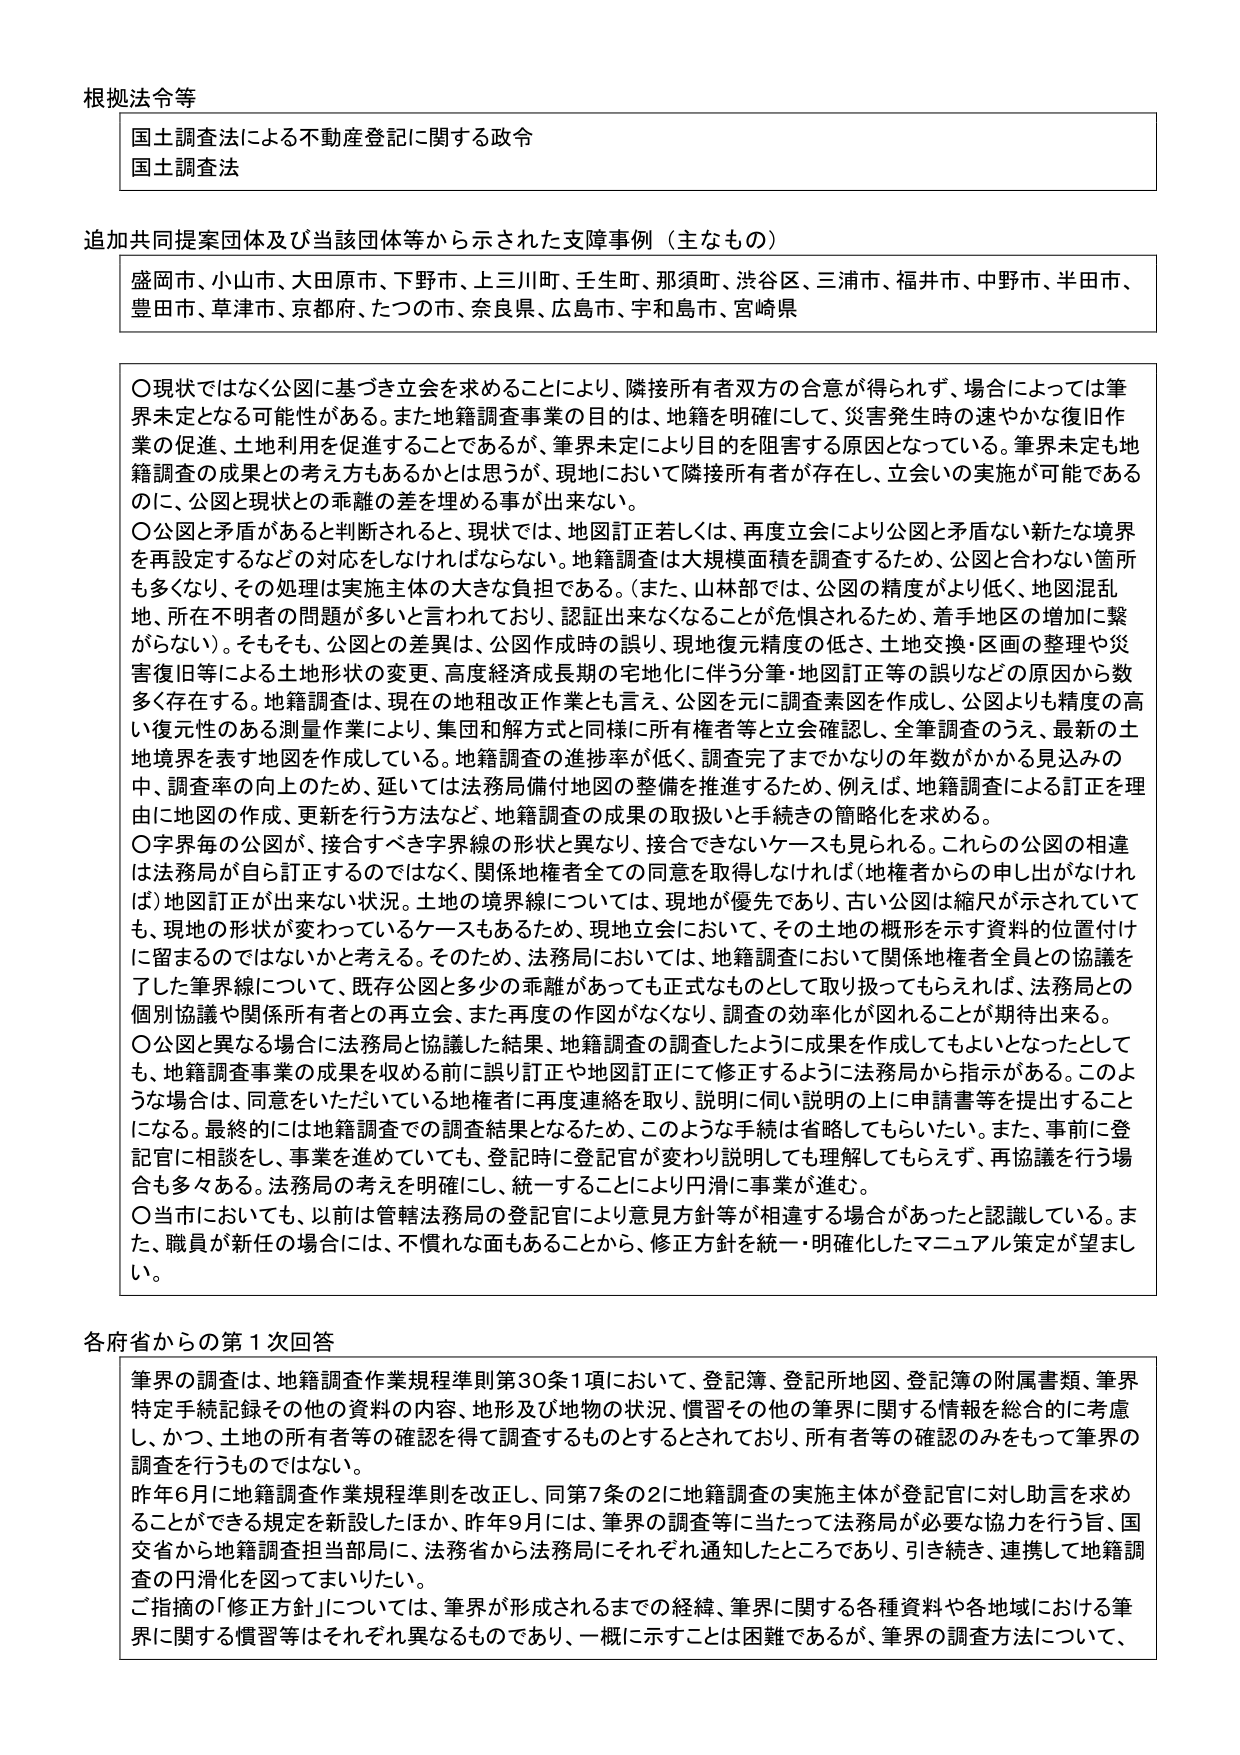
根拠法令等
国土調査法による不動産登記に関する政令
国土調査法

追加共同提案団体及び当該団体等から示された支障事例（主なもの）
盛岡市、小山市、大田原市、下野市、上三川町、壬生町、那須町、渋谷区、三浦市、福井市、中野市、半田市、
豊田市、草津市、京都府、たつの市、奈良県、広島市、宇和島市、宮崎県

〇現状ではなく公図に基づき立会を求める事により、隣接所有者双方の合意が得られず、場合によっては筆界未定となる可能性がある。また地籍調査事業の目的は、地籍を明確にして、災害発生時の速やかな復旧作業の促進、土地利用を促進することであるが、筆界未定により目的を阻害する原因となっている。筆界未定も地籍調査の成果との考え方もあろうかとは思うが、現地において隣接所有者が存在し、立会いの実施が可能であるのに、公図と現状との乖離の差を埋める事が出来ない。
〇公図と矛盾があると判断されると、現状では、地図訂正若しくは、再度立会により公図と矛盾ない新たな境界を再設定するなどの対応をしなければならない。地籍調査は大規模面積を調査するため、公図と合わない箇所も多くなり、その処理は実施主体の大きな負担である。（また、山林部では、公図の精度がより低く、地図混乱地、所在不明者の問題が多いと言われており、認証出来なくなることが危惧されるため、着手地区の増加に繋がらない）。そもそも、公図との差異は、公図作成時の誤り、現地復元精度の低さ、土地交換・区画の整理や災害復旧等による土地形状の変更、高度経済成長期の宅地化に伴う分筆・地図訂正等の誤りなどの原因から数多く存在する。地籍調査は、現在の地租和解工作業とも言え、公図を元に調査素図を作成し、全筆調査のうえ、最新の土地境界を表す地図を作成している。地籍調査の進捗率が低く、調査完了までかなりの年数がかかる見込みの中、調査率の向上のため、延いては法務局備付地図の整備を推進するため、例えば、地籍調査による訂正を理由に地図の作成、更新を行う方法など、地籍調査の成果の取扱いと手続きの簡略化を求める。
〇字界毎の公図が、接合すべき字界線の形状と異なり、接合できないケースも見られる。これらの公図の相違は法務局が自ら訂正するのではなく、関係地権者全ての同意を取得しなければ（地権者からの申し出がなけれ ば）地図訂正が出来ない状況。土地の境界線については、現地が優先であり、古い公図は縮尺が示されていても、現地の形状が変わっているケースもあるため、現地立会において、その土地の概形を示す資料の位置付けに留まるのではないかと考える。そのため、法務局においては、地籍調査において関係地権者全員との協議を 了した筆界線について、既存公図と多少の乖離があっても正式なものとして取り扱ってもらえれば、法務局との個別協議や関係所有者との再立会、また再度の作図がなくなり、調査の効率化が図れることが期待出来る。
〇公図と異なる場合に法務局と協議した結果、地籍調査の調査したように成果を作成してもよいとなったとしても、地籍調査事業の成果を収める前に誤り訂正や地図訂正にて修正するように法務局から指示がある。このような場合は、同意をいただいている地権者に再度連絡を取り、説明に伺い説明の上に申請書等を提出することになる。最終的には地籍調査での調査結果となるため、このような手続は省略してもらいたい。また、事前に登記官に相談をし、事業を進めていても、登記時に登記官が変わり説明しても理解してもらえず、再協議を行う場合も多々ある。法務局の考えを明確にし、統一することにより円滑に事業が進む。
〇当市においても、以前は管轄法務局の登記官により意見方針等が相違する場合があったと認識している。また、職員が新任の場合には、不慣れた面もあることから、修正方針を統一・明確化したマニュアル策定が望ましい。

各府省からの第1次回答
筆界の調査は、地籍調査作業規程準則第30条1項において、登記簿、登記所地図、登記簿の附属書類、筆界特定手続記録その他の資料の内容、地形及び地物の状況、慣習その他の筆界に関する情報を総合的に考慮し、かつ、土地の所有者等の確認を得て調査するものとされており、所有者等の確認のみをもって筆界の調査を行うものではない。
昨年6月に地籍調査作業規程準則を改正し、同第7条の2に地籍調査の実施主体が登記官に対し助言を求めることができる規定を新設したほか、昨年9月には、筆界の調査等に当たって法務局が必要な協力を行う旨、国交省から地籍調査担当部局に、法務省から法務局にそれぞれ通知したところであり、引き続き、連携して地籍調査の円滑化を図ってまいりたい。
ご指摘の「修正方針」については、筆界が形成されるまでの経緯、筆界に関する各種資料や各地域における筆界に関する慣習等はそれぞれ異なるものであり、一概に示すことは困難であるが、筆界の調査方法について、